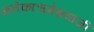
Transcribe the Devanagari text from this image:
अनेकाश्वमेधयाजी